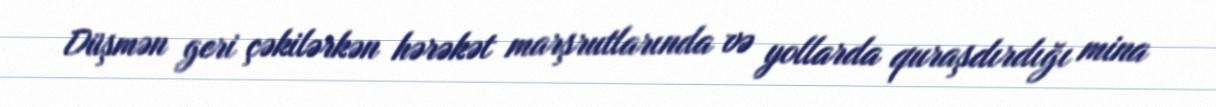
Düşmən geri çəkilərkən hərəkət marşrutlarında və yollarda quraşdırdığı mina